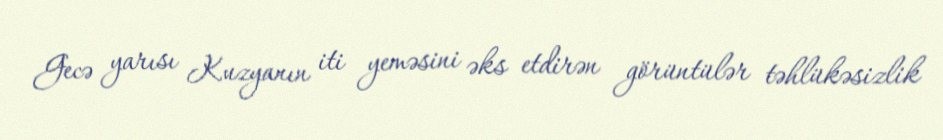
Gecə yarısı Kuzyanın iti yeməsini əks etdirən görüntülər təhlükəsizlik